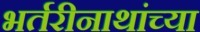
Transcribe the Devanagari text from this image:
भर्तरीनाथांच्या